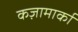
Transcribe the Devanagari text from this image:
कज़ामार्का